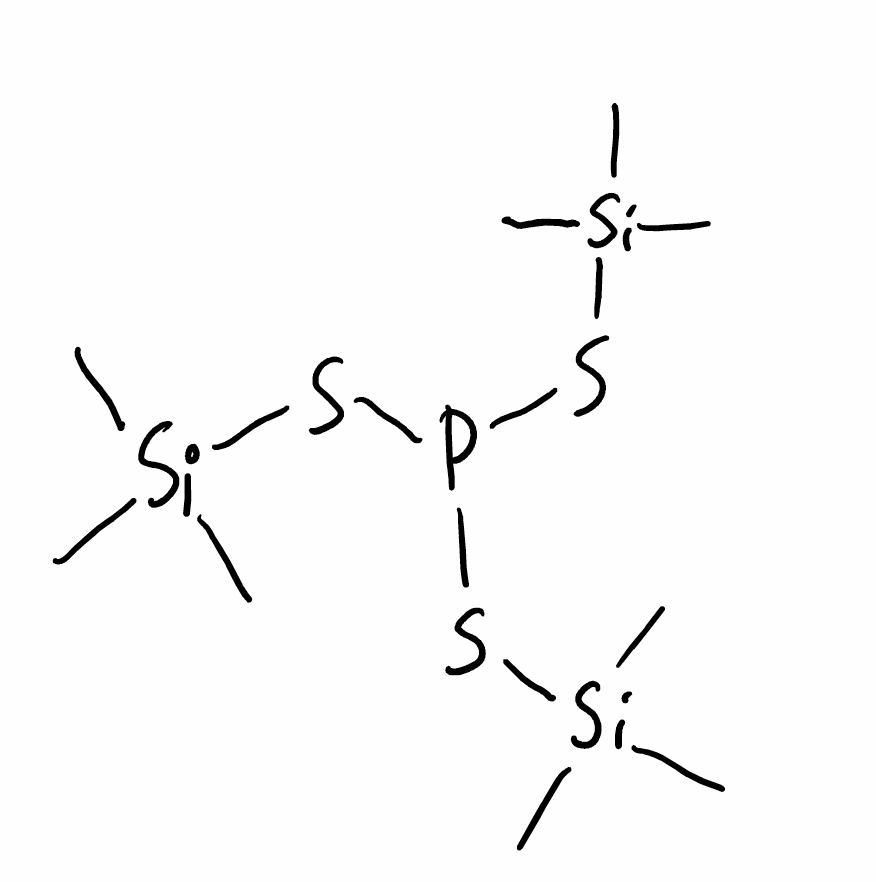
Simplified molecular-input line-entry system (SMILES) notation of the given molecule:
C[Si](C)(C)SP(S[Si](C)(C)C)S[Si](C)(C)C